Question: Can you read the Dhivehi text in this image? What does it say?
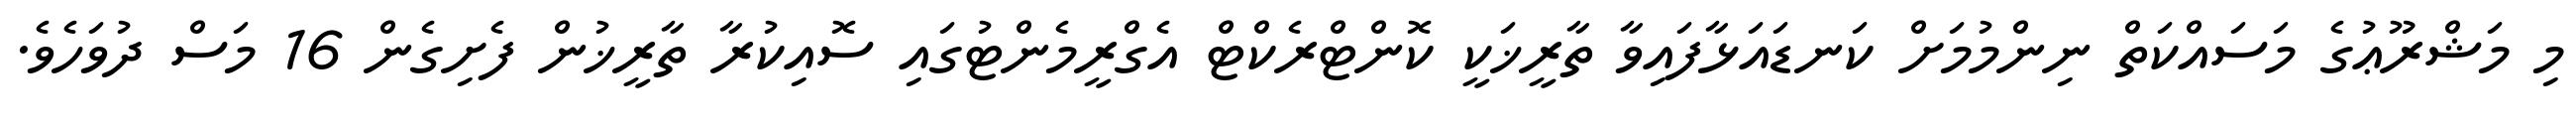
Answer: މި މަޝްރޫޢުގެ މަސައްކަތް ނިންމުމަށް ކަނޑައަޅާފައިވާ ތާރީޚަކީ ކޮންޓްރެކްޓް އެގްރީމެންޓުގައި ސޮއިކުރާ ތާރީޚުން ފެށިގެން 16 މަސް ދުވަހެވެ.